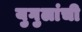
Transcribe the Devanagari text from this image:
युगुलांची